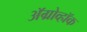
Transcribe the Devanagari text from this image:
ॲग्रोव्हॉक